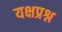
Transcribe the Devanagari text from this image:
यक्षप्रश्न